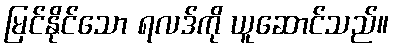
မြင်နိုင်သော ရလဒ်ကို ယူဆောင်သည်။